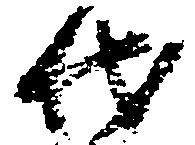
代